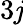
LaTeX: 3\mathit{j}